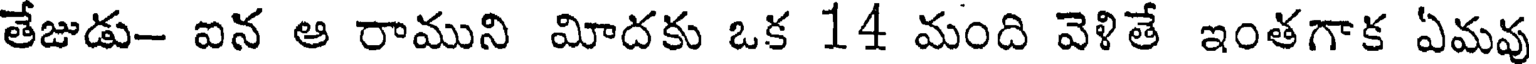
తేజుడు- ఐన ఆ రాముని మీదకు ఒక 14 మంది వెళితే ఇంతగాక ఏమవు